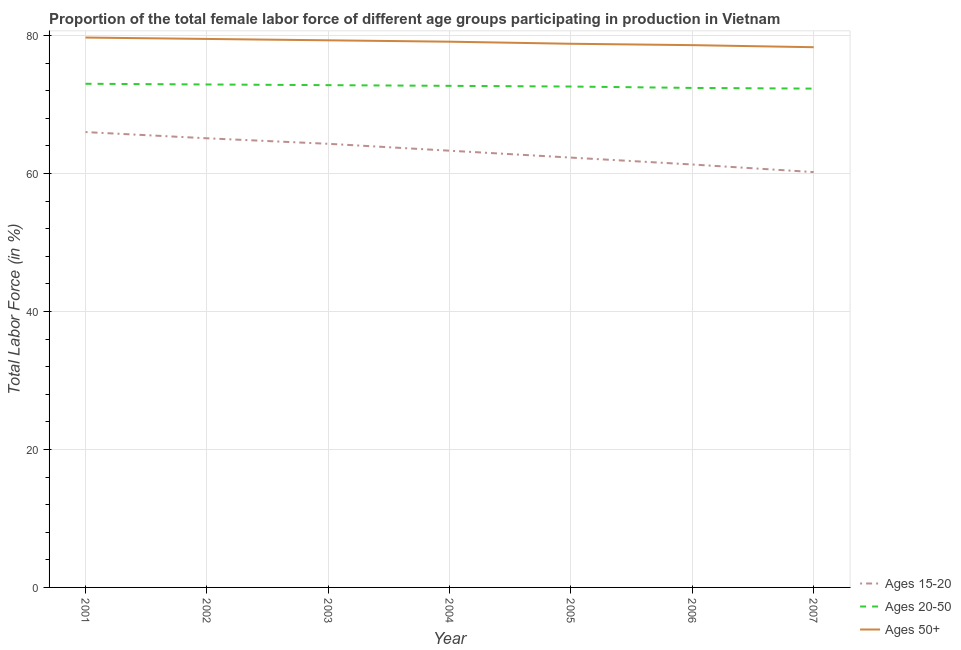
| Year | Ages 15-20 | Ages 20-50 | Ages 50+ |
 | --- | --- | --- | --- |
 | 2001 | 66 | 73 | 79.7 |
 | 2002 | 65.1 | 72.9 | 79.5 |
 | 2003 | 64.3 | 72.8 | 79.3 |
 | 2004 | 63.3 | 72.7 | 79.1 |
 | 2005 | 62.3 | 72.6 | 78.8 |
 | 2006 | 61.3 | 72.4 | 78.6 |
 | 2007 | 60.2 | 72.3 | 78.3 |